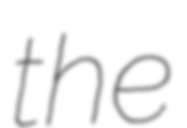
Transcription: the